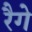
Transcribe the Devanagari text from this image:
रैगे